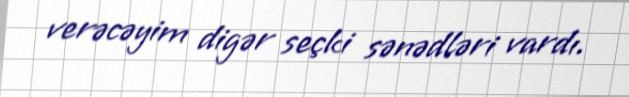
verəcəyim digər seçki sənədləri vardı.